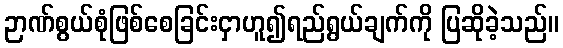
ဉာဏ်စွယ်စုံဖြစ်စေခြင်းငှာဟူ၍ရည်ရွယ်ချက်ကို ပြဆိုခဲ့သည်။